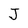
Character: J